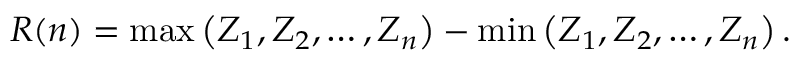
R ( n ) = \max \left( Z _ { 1 } , Z _ { 2 } , \dots , Z _ { n } \right) - \min \left( Z _ { 1 } , Z _ { 2 } , \dots , Z _ { n } \right) .